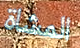
المشاة